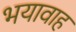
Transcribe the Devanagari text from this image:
भयावाह